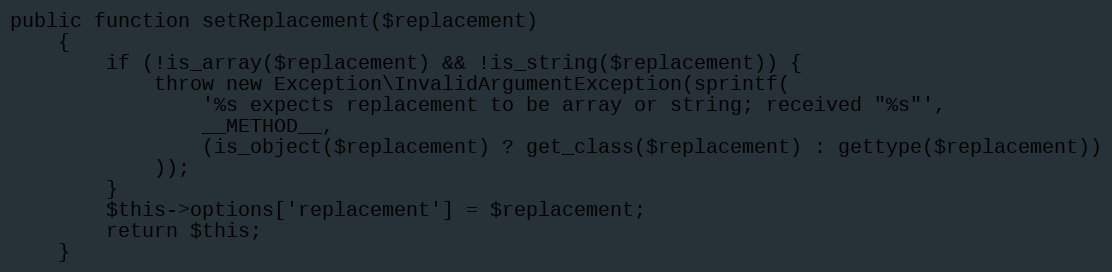
Language: PHP
public function setReplacement($replacement)
    {
        if (!is_array($replacement) && !is_string($replacement)) {
            throw new Exception\InvalidArgumentException(sprintf(
                '%s expects replacement to be array or string; received "%s"',
                __METHOD__,
                (is_object($replacement) ? get_class($replacement) : gettype($replacement))
            ));
        }
        $this->options['replacement'] = $replacement;
        return $this;
    }